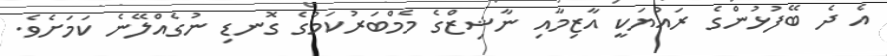
އެ ދެ ބޭފުޅުންގެ ރައުޔަކީ އާޒިމާއި ނާޝިޒްގެ މެމްބަރުކަމުގެ ގޮނޑި ނުގެއްލޭނެ ކަމަށެވެ.